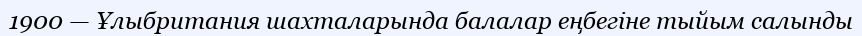
1900 — Ұлыбритания шахталарында балалар еңбегiне тыйым салынды